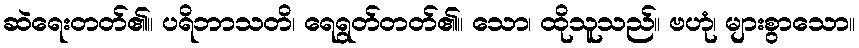
ဆဲရေးတတ်၏။ ပရိဘာသတိ၊ ရေရွတ်တတ်၏။ သော၊ ထိုသူသည်။ ဗဟုံ၊ များစွာသော။